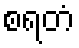
စရတံ